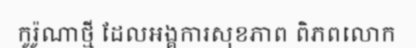
កូរ៉ូណាថ្មី ដែលអង្គការសុខភាព ពិភពលោក